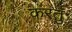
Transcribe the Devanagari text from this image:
करतु